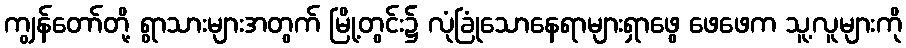
ကျွန်တော်တို့ ရွာသားများအတွက် မြို့တွင်း၌ လုံခြုံသောနေရာများရှာဖွေ ဖေဖေက သူ့လူများကို